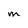
Character: M